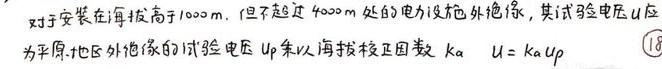
对于安装在海拔高于$1000m$，但不超过$4000m$处的电力设施外绝缘，其试验电压$U$应为平原地区外绝缘的试验电压$U_p$乘以海拔校正因数$k_a$  $U = k_aU_p$  \tag{18}